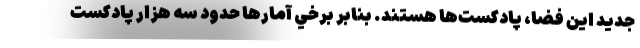
جديد اين فضا، پادكست‌ها هستند. بنابر برخي آمارها حدود سه هزار پادكست